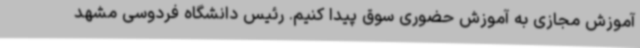
آموزش مجازی به آموزش حضوری سوق پیدا ‌کنیم. رئیس دانشگاه فردوسی مشهد